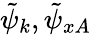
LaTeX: \tilde{\psi}_{k},\tilde{\psi}_{xA}